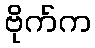
ဗိုက်က